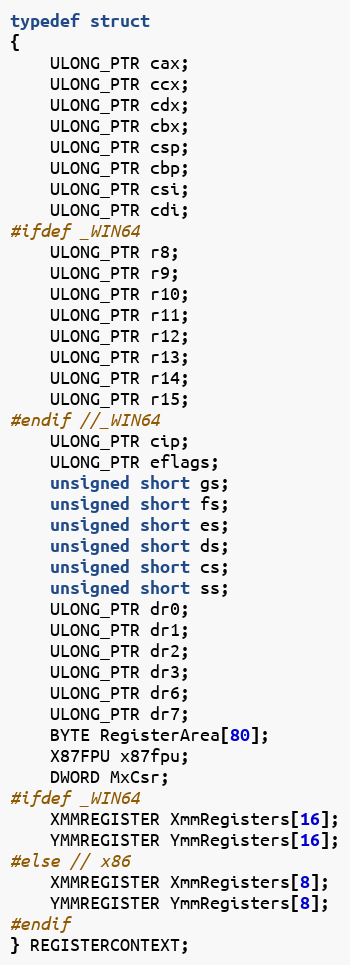
Language: C
typedef struct
{
    ULONG_PTR cax;
    ULONG_PTR ccx;
    ULONG_PTR cdx;
    ULONG_PTR cbx;
    ULONG_PTR csp;
    ULONG_PTR cbp;
    ULONG_PTR csi;
    ULONG_PTR cdi;
#ifdef _WIN64
    ULONG_PTR r8;
    ULONG_PTR r9;
    ULONG_PTR r10;
    ULONG_PTR r11;
    ULONG_PTR r12;
    ULONG_PTR r13;
    ULONG_PTR r14;
    ULONG_PTR r15;
#endif //_WIN64
    ULONG_PTR cip;
    ULONG_PTR eflags;
    unsigned short gs;
    unsigned short fs;
    unsigned short es;
    unsigned short ds;
    unsigned short cs;
    unsigned short ss;
    ULONG_PTR dr0;
    ULONG_PTR dr1;
    ULONG_PTR dr2;
    ULONG_PTR dr3;
    ULONG_PTR dr6;
    ULONG_PTR dr7;
    BYTE RegisterArea[80];
    X87FPU x87fpu;
    DWORD MxCsr;
#ifdef _WIN64
    XMMREGISTER XmmRegisters[16];
    YMMREGISTER YmmRegisters[16];
#else // x86
    XMMREGISTER XmmRegisters[8];
    YMMREGISTER YmmRegisters[8];
#endif
} REGISTERCONTEXT;